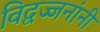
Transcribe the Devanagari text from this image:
विद्वज्जनांनी